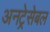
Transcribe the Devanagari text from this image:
अनट्रेसेबल